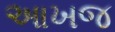
આખજ